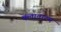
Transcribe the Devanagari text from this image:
क्लावाटम